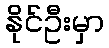
နိုင်ဦးမှာ